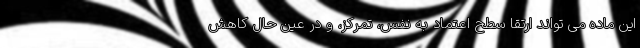
این ماده می تواند ارتقا سطح اعتماد به نفس، تمرکز، و در عین حال کاهش